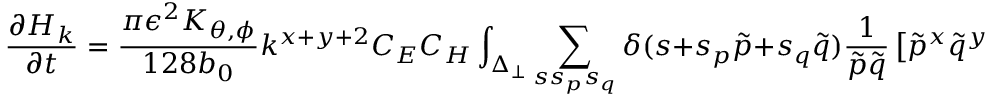
\frac { \partial H _ { k } } { \partial t } = \frac { \pi \epsilon ^ { 2 } K _ { \theta , \phi } } { 1 2 8 b _ { 0 } } k ^ { x + y + 2 } C _ { E } C _ { H } \int _ { \Delta _ { \perp } } \sum _ { s s _ { p } s _ { q } } \delta ( s + s _ { p } \tilde { p } + s _ { q } \tilde { q } ) \frac { 1 } { \tilde { p } \tilde { q } } \left[ { \tilde { p } } ^ { x } { \tilde { q } } ^ { y } + { \tilde { p } } ^ { y } { \tilde { q } } ^ { x } \right.